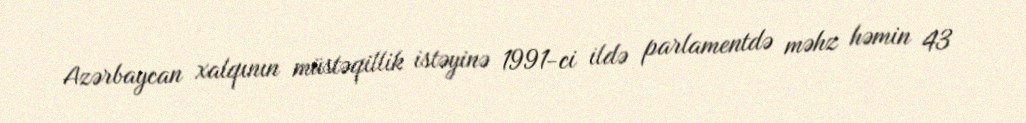
Azərbaycan xalqının müstəqillik istəyinə 1991-ci ildə parlamentdə məhz həmin 43